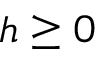
h \geq 0